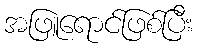
အဖြူရောင်ဖြစ်ပြီး